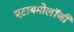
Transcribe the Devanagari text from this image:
एटायमोलॉजी